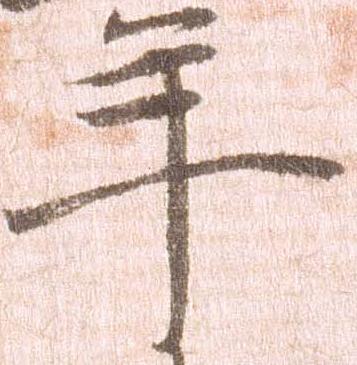
年